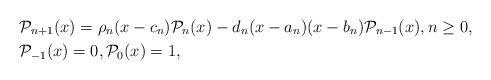
LaTeX: \begin{align*}& \mathcal{P}_{n+1}(x) =\rho_n (x-c_n)\mathcal{P}_n(x)-d_n (x-a_n)(x-b_n)\mathcal{P}_{n-1}(x), n\geq 0, \\& \mathcal{P}_{-1}(x) = 0, \mathcal{P}_0(x) = 1,\end{align*}